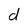
Character: d